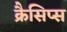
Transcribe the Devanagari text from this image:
क्रैसिप्स